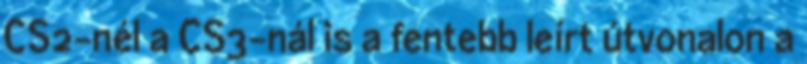
CS2-nél a CS3-nál is a fentebb leírt útvonalon a